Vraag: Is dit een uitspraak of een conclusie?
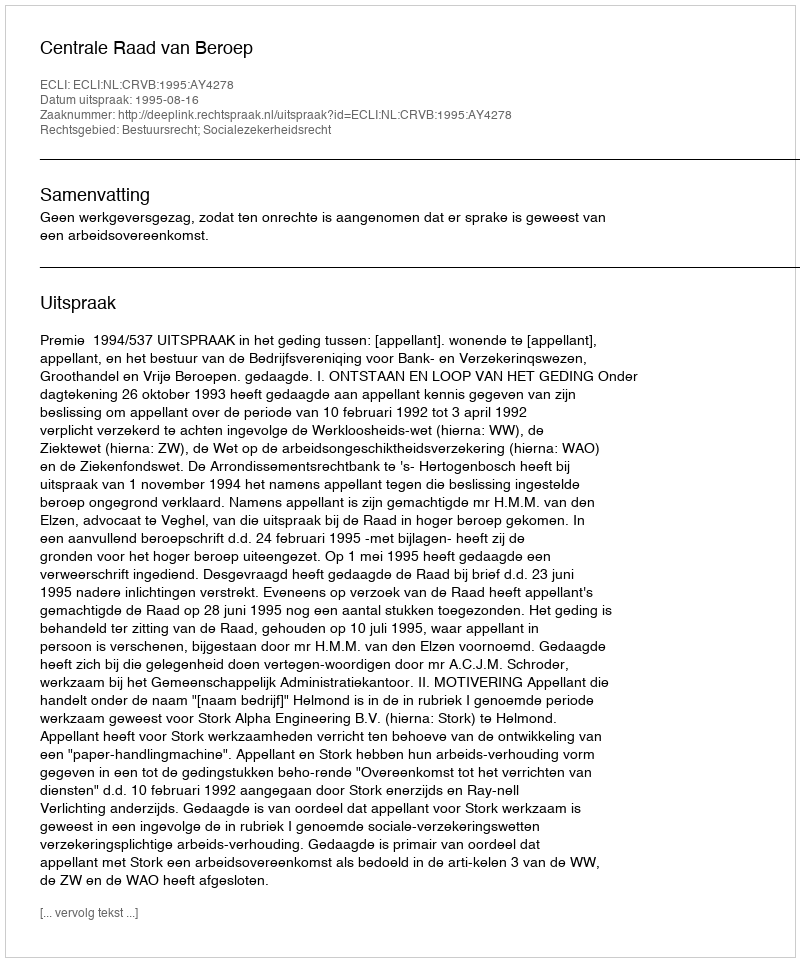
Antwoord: Uitspraak